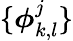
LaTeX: \{ \boldsymbol{\phi}_{k,l}^{j}\}